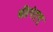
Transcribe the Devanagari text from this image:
थी।एंड्रयू